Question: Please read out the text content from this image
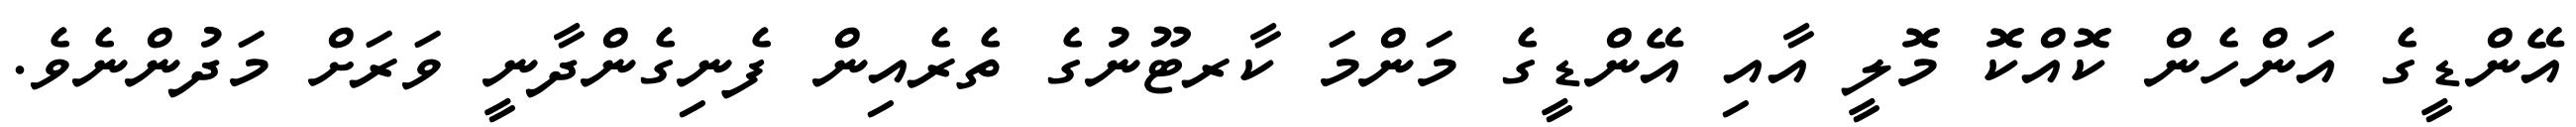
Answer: އޭންޑީގެ އަންހެން ކޮއްކޮ މޮލީ އާއި އޭންޑީގެ މަންމަ ކާރޓޫނުގެ ތެރެއިން ފެނިގެންދާނީ ވަރަށް މަދުންނެވެ.